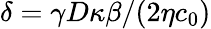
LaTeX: \delta=\gamma D\kappa\beta/(2\eta c_{0})